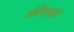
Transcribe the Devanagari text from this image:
कीनझर